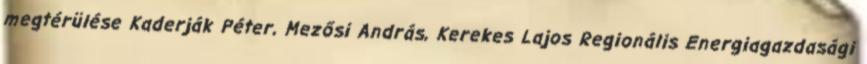
megtérülése Kaderják Péter, Mezősi András, Kerekes Lajos Regionális Energiagazdasági